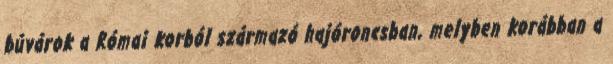
búvárok a Római korból származó hajóroncsban, melyben korábban a